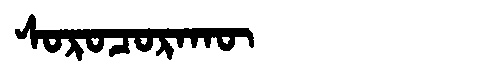
Manchu: ᠰᠣᡵᠣᠴᠣᡵᠠᡴᡡ
Romanization: SOROCORAKŪ